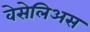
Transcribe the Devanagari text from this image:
वेसेलिअस